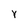
Character: Y